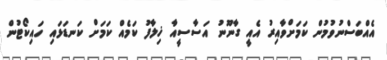
އެއްބަސްނުވުމުން ކަމަށްވާއިރު އެއީ ގާނޫނު އަސާސީއާ ޚިލާފު ކަމެއް ކަމަށް ކަނޑަޅައި ހައިކޯޓުން